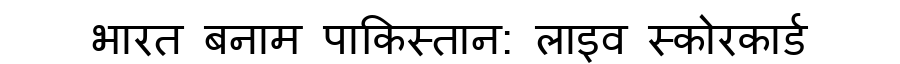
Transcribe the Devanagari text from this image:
भारत बनाम पाकिस्तान: लाइव स्कोरकार्ड